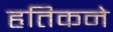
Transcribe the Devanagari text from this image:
हृतिकने